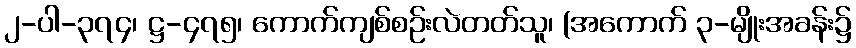
၂-ပါ-၃၇၄၊ ဋ္ဌ-၄၇၅၊ ကောက်ကျစ်စဉ်းလဲတတ်သူ၊ (အကောက် ၃-မျိုးအခန်း၌